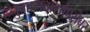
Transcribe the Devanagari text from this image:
हनुमानदासांबरोबर